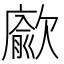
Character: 𭭖